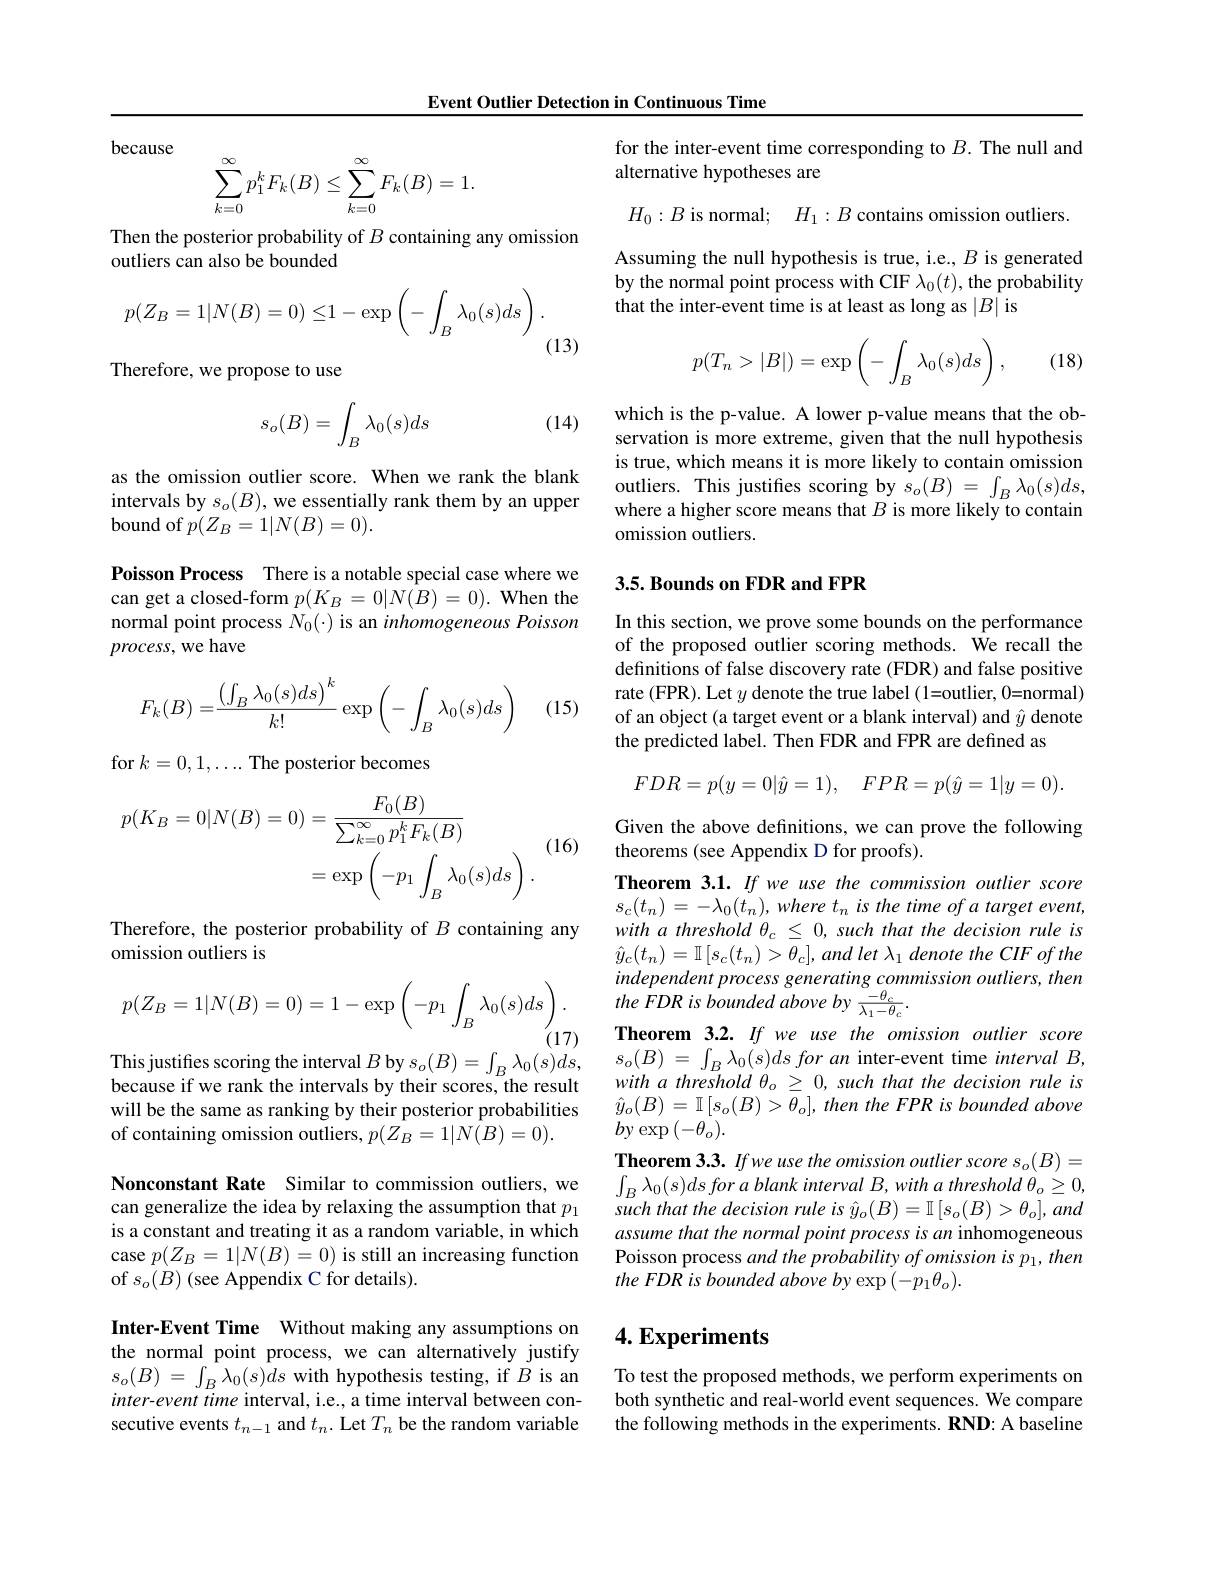
Event Outlier Detection in Continuous Time

because
$$\begin{aligned}\sum_{k=0}^\infty p_1^kF_k(B)\leq\sum_{k=0}^\infty F_k(B)=1.\end{aligned}$$
Then the posterior probability of $B$ containing any omission
outliers can also be bounded
$$p(Z_B=1|N(B)=0)\leq1-\exp\left(-\int_B\lambda_0(s)ds\right).$$
(13)
Therefore, we propose to use
$$s_o(B)=\int_B\lambda_0(s)ds$$
(14)

as the omission outlier score. When we rank the blank intervals by $s_o(B)$, we essentially rank them by an upper bound of $p(Z_B=1|N(B)=0).$

Poisson Process There is a notable special case where we can get a closed-form $p(K_B=0|\hat{N(B)}=0).$ When the normal point process $N_0(\cdot)$ is an inhomogeneous Poisson process, we have
$$F_k(B)=\frac{\left(\int_B\lambda_0(s)ds\right)^k}{k!}\exp\left(-\int_B\lambda_0(s)ds\right)$$
(15)

for $k=0,1,\ldots$ The posterior becomes

(16)
$$\begin{aligned}p(K_{B}=0|N(B)=0)&=\frac{F_{0}(B)}{\sum_{k=0}^{\infty}p_{1}^{k}F_{k}(B)}\\&=\exp\left(-p_{1}\int_{B}\lambda_{0}(s)ds\right).\end{aligned}$$
Therefore, the posterior probability of $B$ containing any
omission outliers is
$$p(Z_B=1|N(B)=0)=1-\exp\left(-p_1\int_B\lambda_0(s)ds\right).$$
(17)

This justifies scoring the interval $B$ by $s_o(B)=\int_B\lambda_0(s)ds$,

because if we rank the intervals by their scores, the result will be the same as ranking by their posterior probabilities of containing omission outliers, $p(Z_B=1|N(B)=0).$

Nonconstant Rate Similar to commission outliers, we can generalize the idea by relaxing the assumption that $p_1$ is a constant and treating it as a random variable, in which case $p(Z_{B}=1|N(B)=0)$ is still an increasing function of $s_{o}(B)$ (see Appendix C for details).

Inter-Event Time Without making any assumptions on the normal point process, we can alternatively justify $s_{o}( B)$ = $\int _{B}\lambda _{0}( s) ds$ with hypothesis testing, if $B$ is an $inter-event$ time interval, i.e., a time interval between consecutive events $t_{n-1}$ and $t_n.$ Let $T_n$ be the random variable

for the inter-event time corresponding to $B.$ The null and
alternative hypotheses are

$H_{0}:B$ is normal; $H_1: B$ contains omission outliers Assuming the null hypothesis is true, i.e., $B$ is generated by the normal point process with CIF $\lambda_0(t)$,the probability that the inter-event time is at least as long as $|B|$ is
$$p(T_n>|B|)=\exp\left(-\int_B\lambda_0(s)ds\right),$$
(18)

which is the p-value. A lower p-value means that the observation is more extreme, given that the null hypothesis is true, which means it is more likely to contain omission outliers. This justifes scoring by $s_o(B)=\int_B\lambda_0(s)ds$, where a higher score means that $B$ is more likely to contain omission outliers.

### 3.5. Bounds on FDR and FPR

In this section, we prove some bounds on the performance of the proposed outlier scoring methods. We recall the definitions of false discovery rate (FDR) and false positive rate (FPR). Let $y$ denote the true label (1=outlier, 0=normal) of an object (a target event or a blank interval) and $\hat{y}$ denote the predicted label. Then FDR and FPR are defined as
$$FDR=p(y=0|\hat{y}=1),\quad FPR=p(\hat{y}=1|y=0).$$
Given the above definitions, we can prove the following
theorems (see Appendix D for proofs).
Theorem 3.1. If we use the commission outlier score $s_c( t_n) = - \lambda _0( t_n) , where$ $t_n$ is the time of a target event, with a threshold $\theta_c\leq0,such$ that the decision rule is $\hat{y} _{c}( t_{n}) = \mathbb{I} \left [ s_{c}( t_{n}) > \theta _{c}\right ] , and$ let $\lambda _{1}$ denote the $CIF$ $of$ the independent process generating commission outliers, then the $\dot{F} DR$ $is$ bounded above $by$ $\frac {- \theta _{c}}{\lambda _{1}- \theta _{c}}.$
Theorem 3.2. If we use the omission outlier score $s_{o}( B)$ = $\int _{B}\lambda _{0}( s) ds$ for $an$ inter-event time interval $B$, with $a$ threshold $\theta_o\geq0$, such that the decision rule is $\hat{y}_{o}(B)=\mathbb{I}\left[s_{o}(B)>\theta_{o}\right],then$ the FPR is bounded above $by\exp(-\theta_{o}).$
Theorem 3.3. Ifwe use the omission outlier score so(B)= $\int _{B}\lambda _{0}( s) ds\textit{for a blank interval B, with a threshold }\theta _{o}\geq 0$, such that the decision rule is $\hat{y}_o(B)=\mathbb{I}\left[s_o(B)>\theta_o\right],and$ assume that the normal point process is an inhomogeneous Poisson process and the probability of omission is p 1 then the FDR is bounded above by exp $(-p_1\theta_o).$

## $4. \textbf{Experiments}$

To test the proposed methods, we perform experiments on both synthetic and real-world event sequences. We compare the following methods in the experiments. RND: A baseline